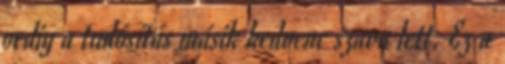
pedig a tudósítás másik kedvenc szava lett. Ez a